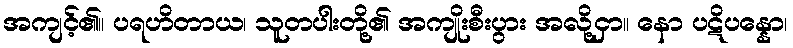
အကျင့်၏။ ပရဟိတာယ၊ သူတပါးတို့၏ အကျိုးစီးပွား အလို့ငှာ။ နော ပဋိပန္နော၊